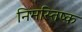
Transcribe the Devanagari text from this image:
निमस्तिष्क